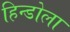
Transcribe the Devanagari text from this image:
हिन्डोला